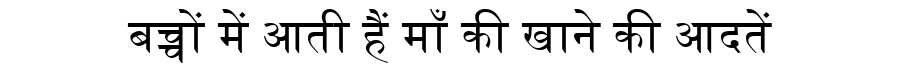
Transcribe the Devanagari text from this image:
बच्चों में आती हैं माँ की खाने की आदतें